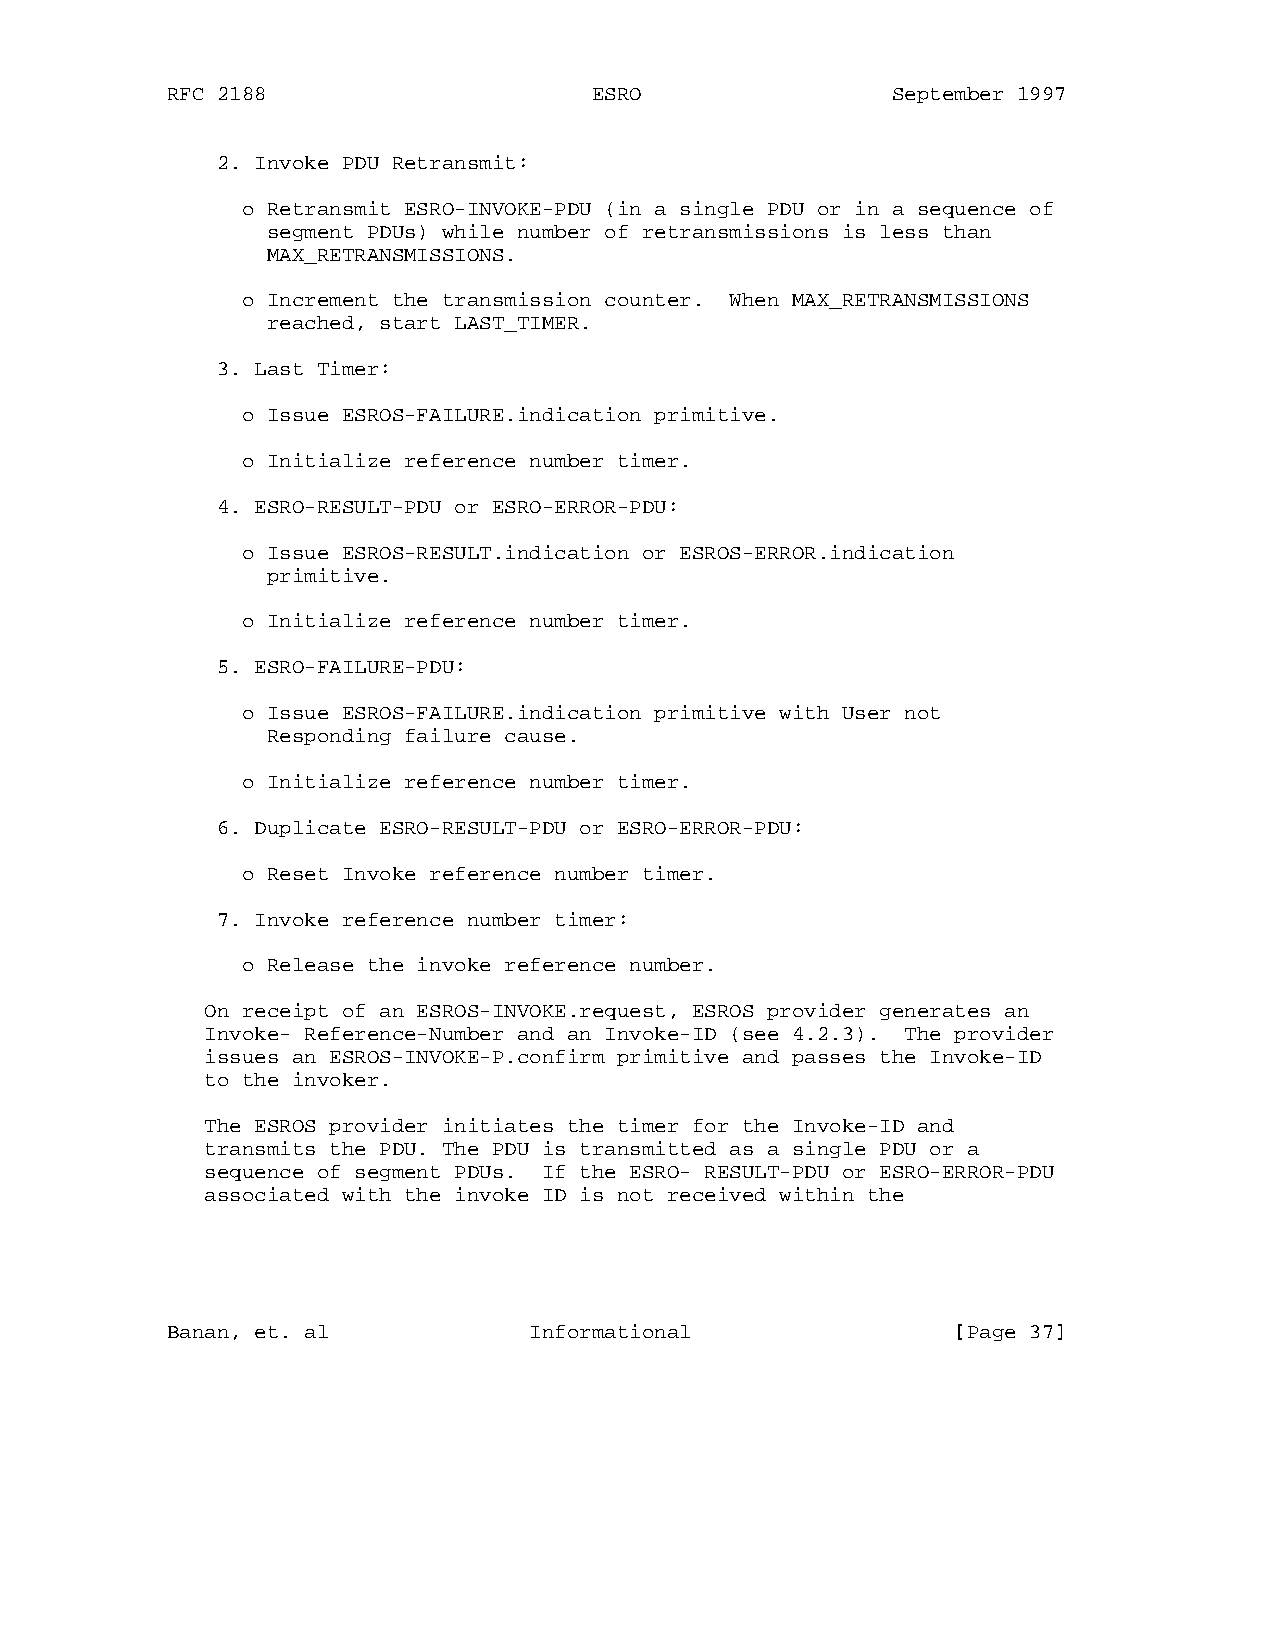
RFC 2188                    ESRO                September 1997
 2. Invoke PDU Retransmit:
 o Retransmit ESRO-INVOKE-PDU (in a single PDU or in a sequence of
 segment PDUs) while number of retransmissions is less than
 MAX_RETRANSMISSIONS.
 o Increment the transmission counter. When MAX_RETRANSMISSIONS
 reached, start LAST_TIMER.
 3. Last Timer:
 o Issue ESROS-FAILURE.indication primitive.
 o Initialize reference number timer.
 4. ESRO-RESULT-PDU or ESRO-ERROR-PDU:
 o Issue ESROS-RESULT.indication or ESROS-ERROR.indication
 primitive.
 o Initialize reference number timer.
 5. ESRO-FAILURE-PDU:
 o Issue ESROS-FAILURE.indication primitive with User not
 Responding failure cause.
 o Initialize reference number timer.
 6. Duplicate ESRO-RESULT-PDU or ESRO-ERROR-PDU:
 o Reset Invoke reference number timer.
 7. Invoke reference number timer:
 o Release the invoke reference number.
 On receipt of an ESROS-INVOKE.request, ESROS provider generates an
 Invoke- Reference-Number and an Invoke-ID (see 4.2.3). The provider
 issues an ESROS-INVOKE-P.confirm primitive and passes the Invoke-ID
 to the invoker.
 The ESROS provider initiates the timer for the Invoke-ID and
 transmits the PDU. The PDU is transmitted as a single PDU or a
 sequence of segment PDUs. If the ESRO- RESULT-PDU or ESRO-ERROR-PDU
 associated with the invoke ID is not received within the
 Banan, et. al           Informational               [Page 37]